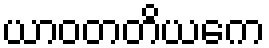
ယာဝတတိယကေ